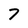
Character: 7